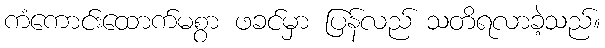
ကံကောင်းထောက်မစွာ ဖခင်မှာ ပြန်လည် သတိရလာခဲ့သည်။